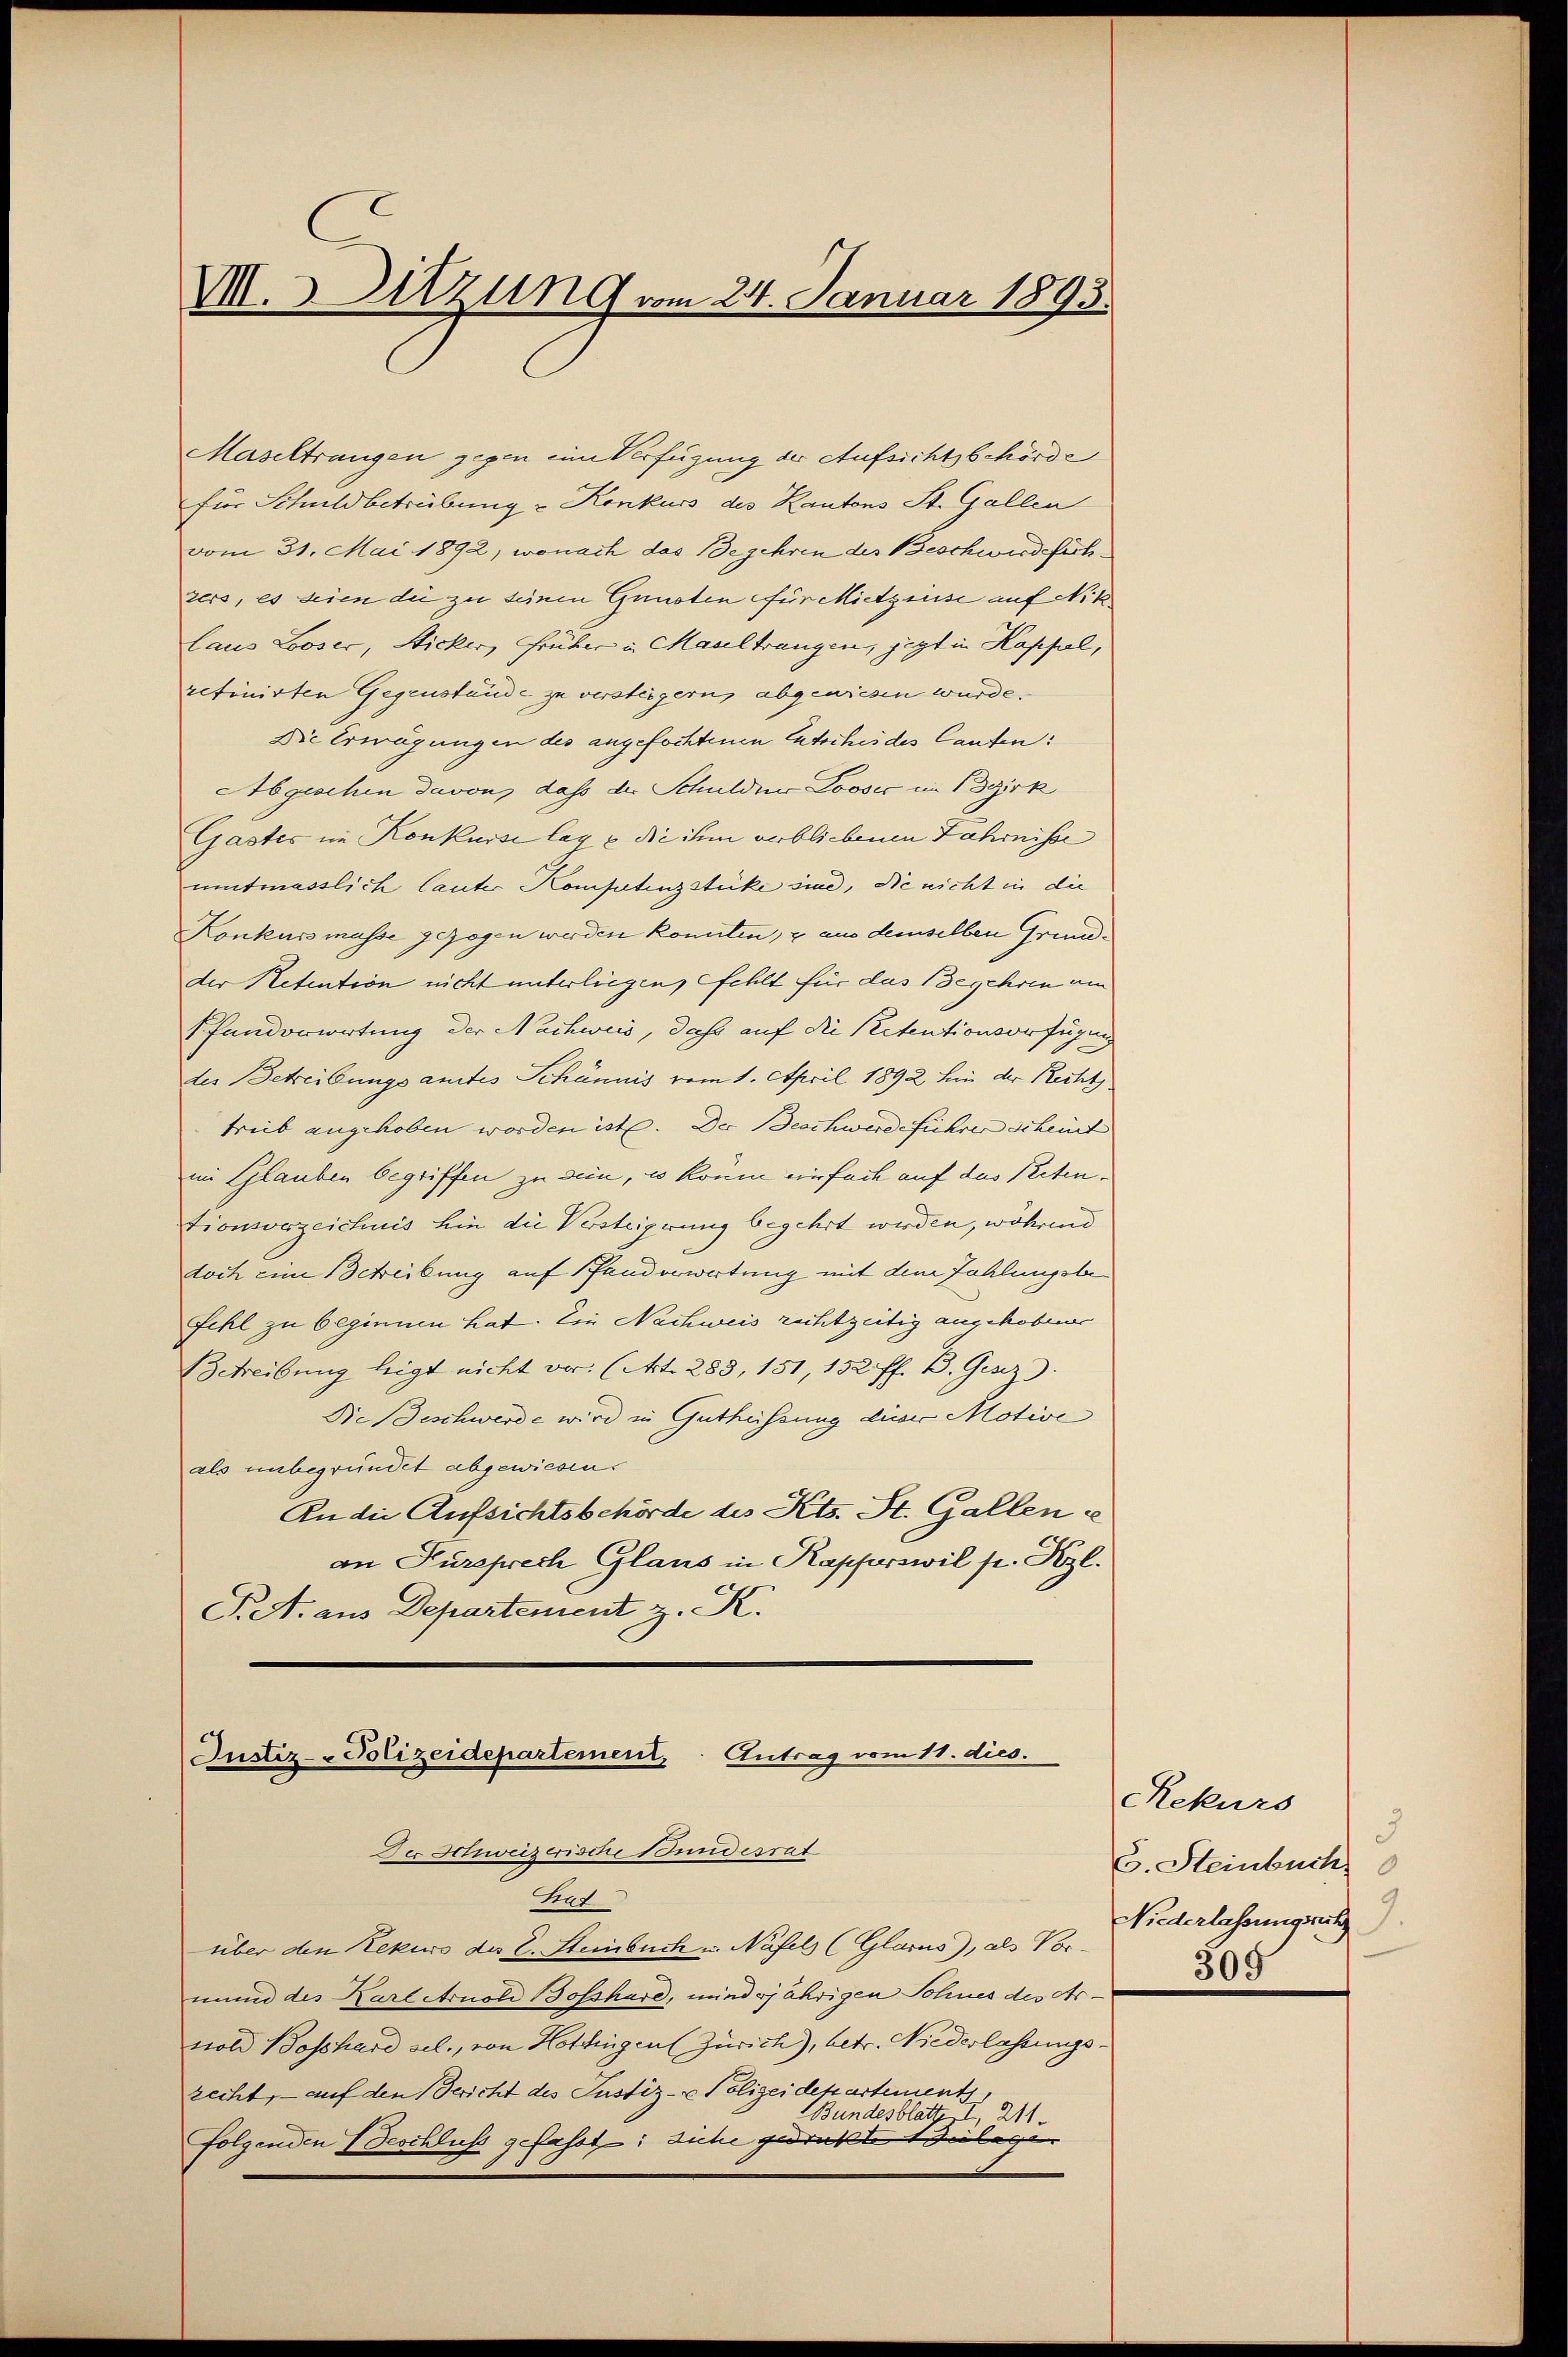
VII. 3. Sitzung vom 24. Januar 1893.

Maseltrangen gegen eine Verfügung der Aufsichtsbehörde
für Schuldbetrübung u Konkurs des Kantons St. Gallen
vom 31. Mai 1892, wonach das Begehren des Beschwerdefühzers, es seien die zu seinen Gunsten für Mietzinse auf Niklaus Looser, Nicker, Früher u. Masel trangen, jezt in Kappel,
retinirten Gegenstände zu versteigern, abgewiesen wurde.
Die Erwägungen des angefochtenen Entsches des laufen:
Abgeschen davon, dass der Schulden Loosić in Bezirk
Gastes im Konkurse lag u. die ihm verbliebenen Fahrnisse
umtmasslich lauter Konstenzstücke sind, die nicht in die
Konkursmasse gezogen werden konnten, & aus demselben Grundder Netention nicht unterliegen, fehlt für das Begehren am
Pfandorwortung der Nachweis, daß auf die Petentionsorfügung
des Betreibungsantes Schännis vom 1. April 1892 hin der Recht
treib angehoben worden ist. Der Beschwerdeführer scheint
im Glauben begriffen zu sein, wo kann einfach auf das Petentionsverzeichnis hin die Versteigerung begehrt werden, während
doch ein Schreibung auf Panderwertung mit den Zahlungsbefehl zu beginnen hat. Ein Nachweis rechtzeitig angehobener
Schreibung legt nicht vor. (Art. 283, 151, 152 ff. B. Gesez
Die Beschwerde wird in Gutheissung dieser Motive
als unbegründet abgewiesen.
An die Aufsichtsbehörde des Kts. St. Gallenc
an Pursprech Glans in Kapferswil p. Nezl.
S. A. aus Departement z. K.

Justiz-Polizeidepartement. Antrag vom 11. dies.
Der Schweizerisse Stundesrat
Gat

über den Rekurs des C. Steinbuch u. Näfels (Glarus), als Vormund des Kartetrioli Bosshard, mindsjährigen Sohnes des Arnold Beschard sel., von Hottingen (Zürich), betr. Niederlassungsrecht, — auf den Bericht des Justiz- & Polizeidekartement.
Bundesblatt I, 211
folgenden Beschluss gefasst: suche gedruckte Beilagen

Rekurs
3
C. Steinbuch
Niederlassungsrath
305